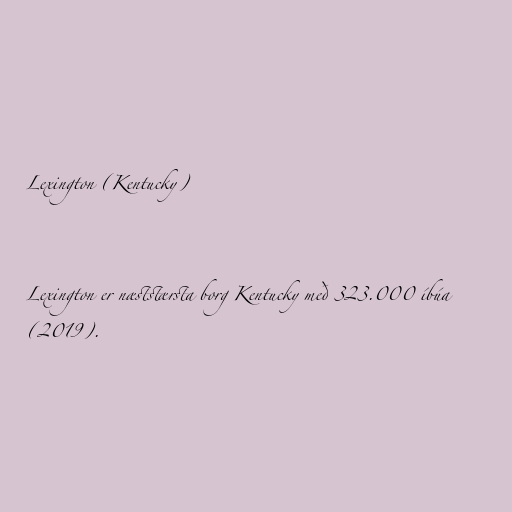
Lexington (Kentucky)

Lexington er næststærsta borg Kentucky með 323.000 íbúa
(2019).